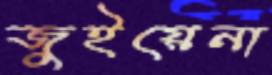
জুইয়েনা